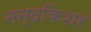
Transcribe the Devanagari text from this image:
नन्दकिशर